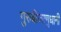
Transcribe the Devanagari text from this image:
गुरुबीजाणुधानी